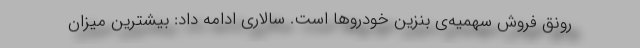
رونق فروش سهمیه‌ی بنزین خودروها است. سالاری ادامه داد: بیشترین میزان